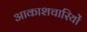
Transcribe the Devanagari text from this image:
आकाशचारियों